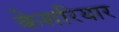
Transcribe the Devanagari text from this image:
केशरियार